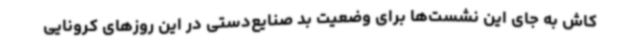
کاش به جای این نشست‌ها برای وضعیت بد صنایع‌دستی در این روزهای کرونایی